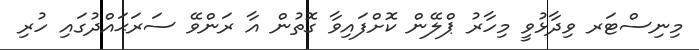
މިނިސްޓަރ ވިދާޅުވީ މިހާރު ޕްލޭން ކޮށްފައިވާ ގޮތުން އާ ރަންވޭ ސަރަޙައްދުގައި ހުރި